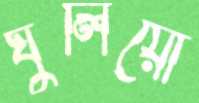
ঘুলিয়ো